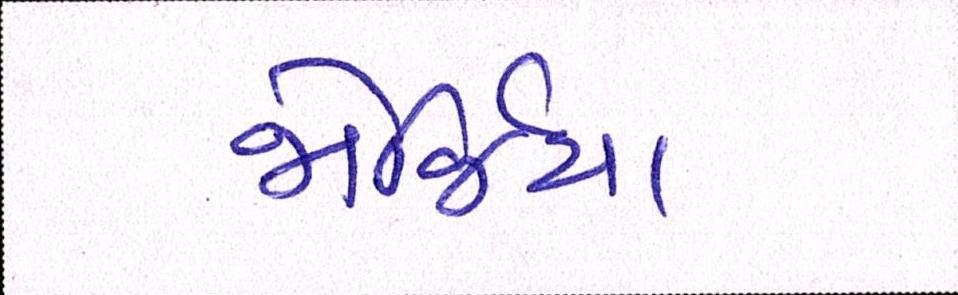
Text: જોર્જિયા